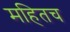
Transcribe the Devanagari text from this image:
महितच